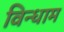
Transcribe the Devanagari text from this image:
विन्धाम